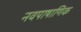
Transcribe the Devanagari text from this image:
नवपाषाणिक